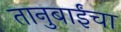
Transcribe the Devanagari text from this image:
तानुबाईंचा